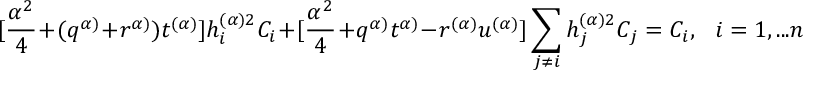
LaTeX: [ \frac { \alpha ^ { 2 } } { 4 } + ( q ^ { \alpha ) } + r ^ { \alpha ) } ) t ^ { ( \alpha ) } ] h _ { i } ^ { ( \alpha ) 2 } C _ { i } + [ \frac { \alpha ^ { 2 } } { 4 } + q ^ { \alpha ) } t ^ { \alpha ) } - r ^ { ( \alpha ) } u ^ { ( \alpha ) } ] \sum _ { j \neq i } h _ { j } ^ { ( \alpha ) 2 } C _ { j } = C _ { i } , ~ ~ ~ i = 1 , . . . n